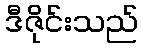
ဒီဇိုင်းသည်